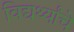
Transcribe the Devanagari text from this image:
विद्यर्थ्यांचे